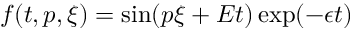
\begin{array} { r } { f ( t , p , \xi ) = \sin ( p \xi + E t ) \exp ( - \epsilon t ) } \end{array}